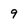
Character: 9